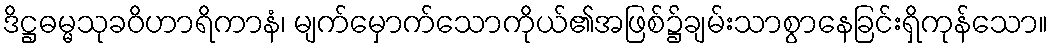
ဒိဋ္ဌဓမ္မသုခဝိဟာရိကာနံ၊ မျက်မှောက်သောကိုယ်၏အဖြစ်၌ချမ်းသာစွာနေခြင်းရှိကုန်သော။